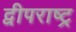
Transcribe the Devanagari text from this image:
द्वीपराष्ट्र